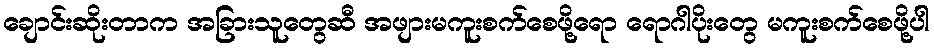
ချောင်းဆိုးတာက အခြားသူတွေဆီ အဖျားမကူးစက်စေဖို့ရော ရောဂါပိုးတွေ မကူးစက်စေဖို့ပါ